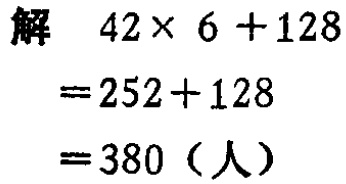
解

\[

\begin{align*}

&42\times6 + 128\\

=&252+128\\

=&380（人）

\end{align*}

\]